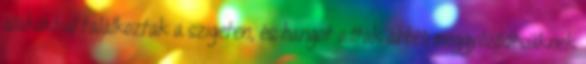
alakokkal találkoztak a szigeten, és hangot adtak abbéli meggyőződésüknek